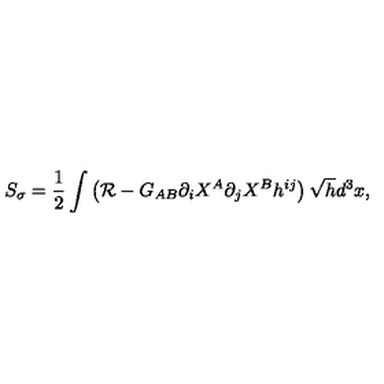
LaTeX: S _ { \sigma } = \frac { 1 } { 2 } \int \left( { \cal R } - G _ { A B } \partial _ { i } X ^ { A } \partial _ { j } X ^ { B } h ^ { i j } \right) \sqrt { h } d ^ { 3 } x ,